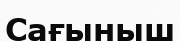
Сағыныш